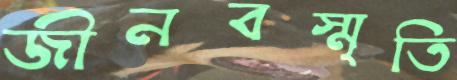
জীনবস্মৃতি